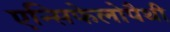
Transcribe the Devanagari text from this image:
एन्सिफेलोपैथी